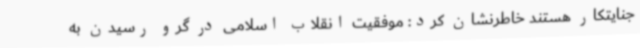
جنایتکار هستند خاطرنشان کرد: موفقیت انقلاب اسلامی در گرو رسیدن به